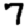
Digit: 7